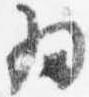
為